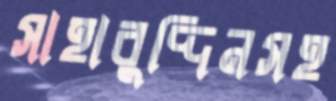
সাহাবুদ্দিনসহ